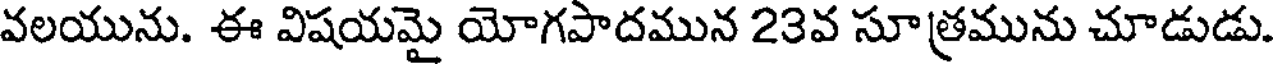
వలయును. ఈ విషయమై యోగపాదమున 23వ సూత్రమును చూడుడు.